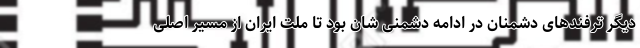
دیگر ترفندهای دشمنان در ادامه دشمنی شان بود تا ملت ایران از مسیر اصلی